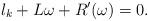
LaTeX: \begin{align*}l_k+L\omega+R'(\omega)=0.\end{align*}